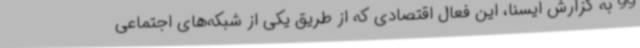
99 به گزارش ایسنا، این فعال اقتصادی که از طریق یکی از شبکه‌های اجتماعی